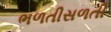
ભળતીસળતી